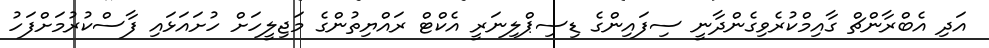
އަދި އެބްރާންޗް ގާއިމްކުރެވިގެންދާނީ ސިފައިންގެ ޑިސިޕްލިނަރީ އެކްޓް ރައްޔިތުންގެ މަޖިލީހަށް ހުށައަޅައި ފާސްކުރުމަށްފަހު